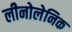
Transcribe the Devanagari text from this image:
लीनोलेनिक